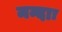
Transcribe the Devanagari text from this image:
मन्दाः